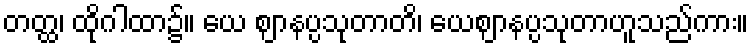
တတ္ထ၊ ထိုဂါထာ၌။ ယေ ဈာနပ္ပသုတာတိ၊ ယေဈာနပ္ပသုတာဟူသည်ကား။